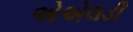
એએલડી